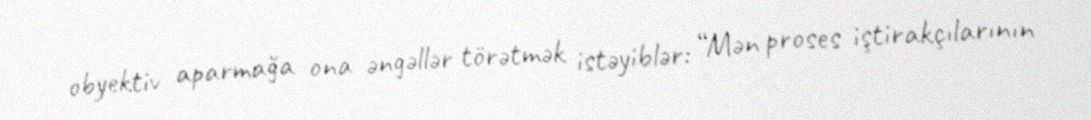
obyektiv aparmağa ona əngəllər törətmək istəyiblər: “Mən proses iştirakçılarının